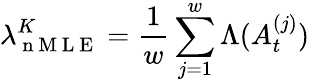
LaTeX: \lambda_{\mathrm{~n~M~L~E~}}^{K}=\frac{1}{w}\sum_{j=1}^{w}\Lambda(A_{t}^{(j)})